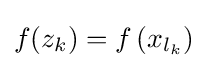
f(z_{k})=f\left(x_{l_{k}}\right)